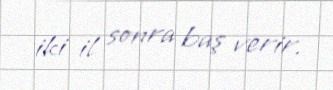
iki il sonra baş verir.